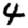
Digit: 4